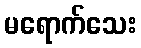
မရောက်သေး